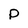
Character: D